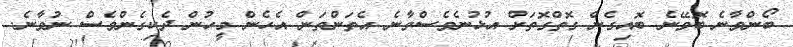
ބޯންވާނެ ބޮވޭނެ ބޮއިގެން ގޮތްގޮތަށް އުޅުނެވެސްވާނެ އެތަންތަން އެހެން މީހުން ދެކިގެންވެސް ނުވާނެ.